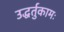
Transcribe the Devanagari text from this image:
उद्धर्तुकामः